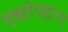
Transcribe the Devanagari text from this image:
नव्योपहारम्